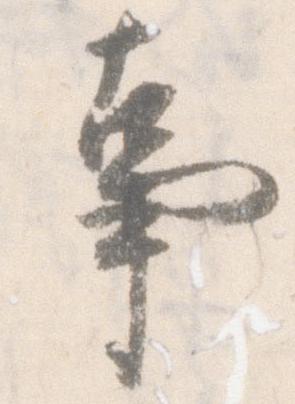
事